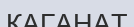
КАГАНАТ